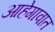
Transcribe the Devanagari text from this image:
आहेगावात